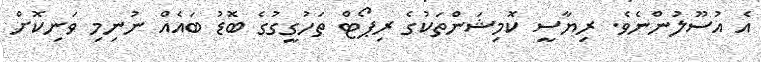
އެ އުސޫލުންނެވެ. ރިޔާސީ ކޮމިޝަންތަކުގެ ރިޕޯޓް ތަހުގީގުގެ ބޮޑު ބައެއް ނުނިމި ވަނިކޮށް